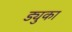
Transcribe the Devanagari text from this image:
ड्युका